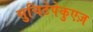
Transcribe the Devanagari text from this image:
सुचिटेपेकुएज़